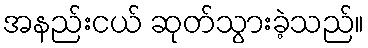
အနည်းငယ် ဆုတ်သွားခဲ့သည်။